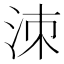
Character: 洓